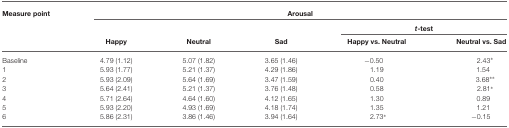
<table><thead><tr><td><b>Measure point</b></td><td colspan="5"><b>Arousal</b></td></tr><tr><td></td><td colspan="3"></td><td colspan="2"><b><i>t</i>-test</b></td></tr><tr><td></td><td><b>Happy</b></td><td><b>Neutral</b></td><td><b>Sad</b></td><td><b>Happy vs. Neutral</b></td><td><b>Neutral vs. Sad</b></td></tr></thead><tbody><tr><td>Baseline</td><td>4.79 (1.12)</td><td>5.07 (1.82)</td><td>3.65 (1.46)</td><td>−0.50</td><td>2.43*</td></tr><tr><td>1</td><td>5.93 (1.77)</td><td>5.21 (1.37)</td><td>4.29 (1.86)</td><td>1.19</td><td>1.54</td></tr><tr><td>2</td><td>5.93 (2.09)</td><td>5.64 (1.69)</td><td>3.47 (1.59)</td><td>0.40</td><td>3.68**</td></tr><tr><td>3</td><td>5.64 (2.41)</td><td>5.21 (1.37)</td><td>3.76 (1.48)</td><td>0.58</td><td>2.81*</td></tr><tr><td>4</td><td>5.71 (2.64)</td><td>4.64 (1.60)</td><td>4.12 (1.65)</td><td>1.30</td><td>0.89</td></tr><tr><td>5</td><td>5.93 (2.20)</td><td>4.93 (1.69)</td><td>4.18 (1.74)</td><td>1.35</td><td>1.21</td></tr><tr><td>6</td><td>5.86 (2.31)</td><td>3.86 (1.46)</td><td>3.94 (1.64)</td><td>2.73*</td><td>−0.15</td></tr></tbody></table>